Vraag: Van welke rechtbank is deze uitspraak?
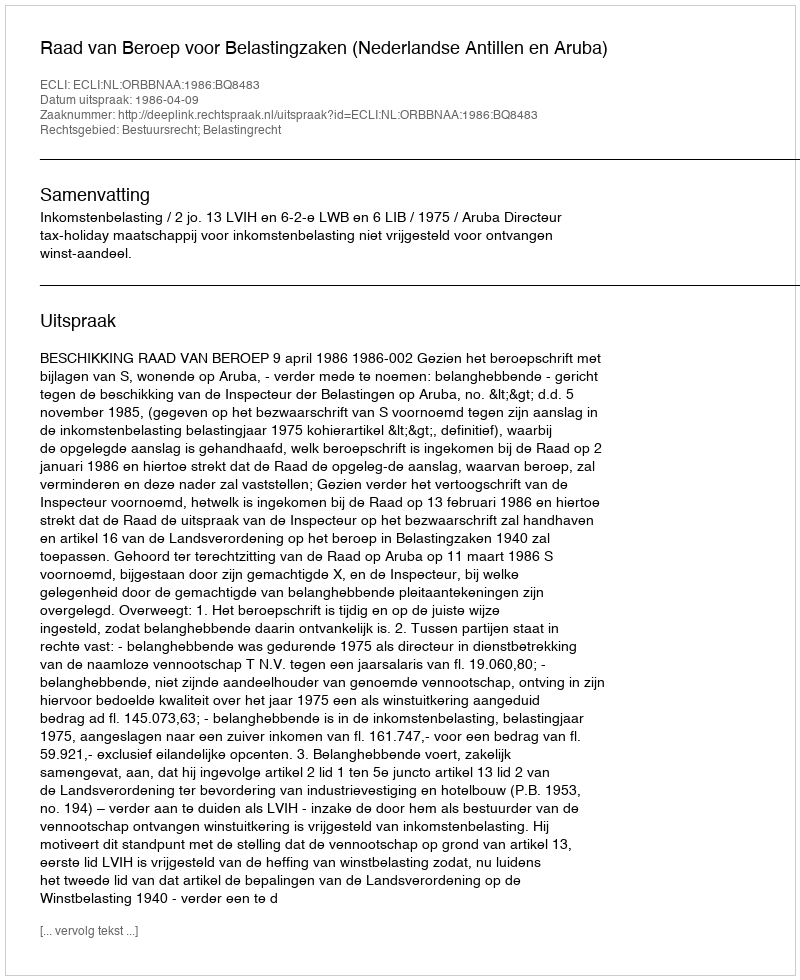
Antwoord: Raad van Beroep voor Belastingzaken (Nederlandse Antillen en Aruba)